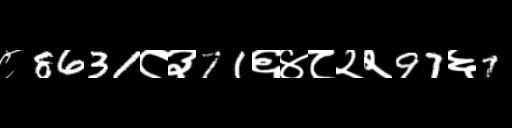
Text: ८8631८३71६४८२२97६7